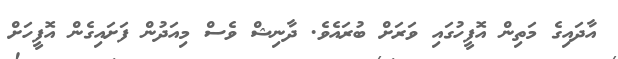
އާދައިގެ މަތިން އޮފީހުގައި ވަރަށް ބުރައެވެ. ދާނިޝް ވެސް މިއަދުން ފަށައިގެން އޮފީހަށް